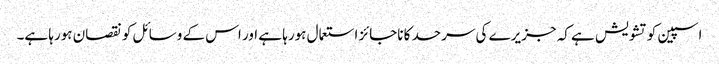
اسپین کو تشویش ہے کہ جزیرے کی سرحد کا ناجائز استعمال ہورہا ہے اور اس کے وسائل کو نقصان ہورہا ہے۔